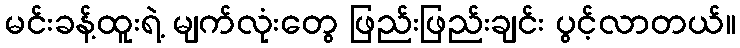
မင်းခန့်ထူးရဲ့ မျက်လုံးတွေ ဖြည်းဖြည်းချင်း ပွင့်လာတယ်။